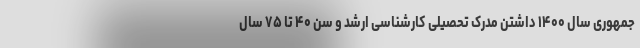
جمهوری سال ۱۴۰۰ داشتن مدرک تحصیلی کارشناسی ارشد و سن ۴۰ تا ۷۵ سال